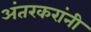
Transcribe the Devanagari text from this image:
अंतरकरांनी